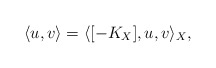
\begin{align*}\langle u,v \rangle = \langle [-K_X],u,v \rangle_X,\end{align*}